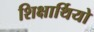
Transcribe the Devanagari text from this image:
शिक्षार्थियो